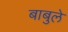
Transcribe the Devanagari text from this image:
बाबुले